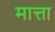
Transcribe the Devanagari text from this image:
मात्ता